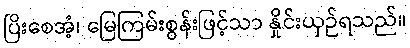
ပြိးစေအံ့၊ မြေကြမ်းစွန်းဖြင့်သာ နှိုင်းယှဉ်ရသည်။